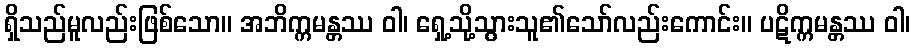
ရှိသည်မူလည်းဖြစ်သော။ အဘိက္ကမန္တဿ ဝါ၊ ရှေ့သို့သွားသူ၏သော်လည်းကောင်း။ ပဋိက္ကမန္တဿ ဝါ၊